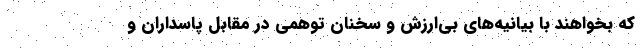
که بخواهند با بیانیه‌های بی‌ارزش و سخنان توهمی در مقابل پاسداران و